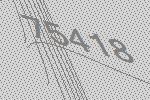
75418